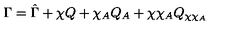
\Gamma = \hat { \Gamma } + \chi Q + \chi _ { A } Q _ { A } + \chi \chi _ { A } Q _ { \chi \chi _ { A } }